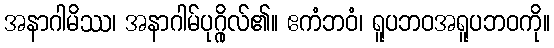
အနာဂါမိဿ၊ အနာဂါမ်ပုဂ္ဂိုလ်၏။ ဧကံဘဝံ၊ ရူပဘဝအရူပဘဝကို။